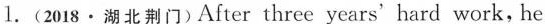
1.(2018·湖北荆门)After three years' hard work, he